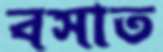
বসাত